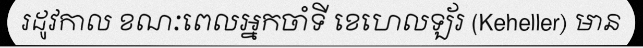
រដូវកាល ខណៈពេលអ្នកចាំទី ខេហេលឡ័រ (Keheller) មាន